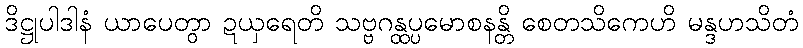
ဒိဋ္ဌုပါဒါနံ ယာပေတွာ ဍယှရေတိ သဗ္ဗဂန္ထပ္ပမောစနန္တိ စေတသိကေဟိ မန္ဒဟသိတံ